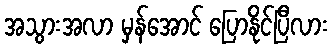
အသွားအလာ မှန်အောင် ပြောနိုင်ပြီလား